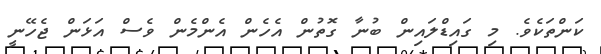
ކަންތަކެވެ. މި ގައިޑްލައިން ބުނާ ގޮތުން އެހެން އެންމެން ވެސް އަޅަން ޖެހޭނީ